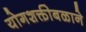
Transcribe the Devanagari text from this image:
योगशक्तीबळाने